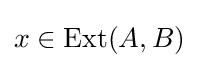
x\in \operatorname {Ext} (A,B)